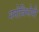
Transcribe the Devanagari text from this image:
मनोविश्लेषी